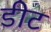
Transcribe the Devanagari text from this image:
डीट